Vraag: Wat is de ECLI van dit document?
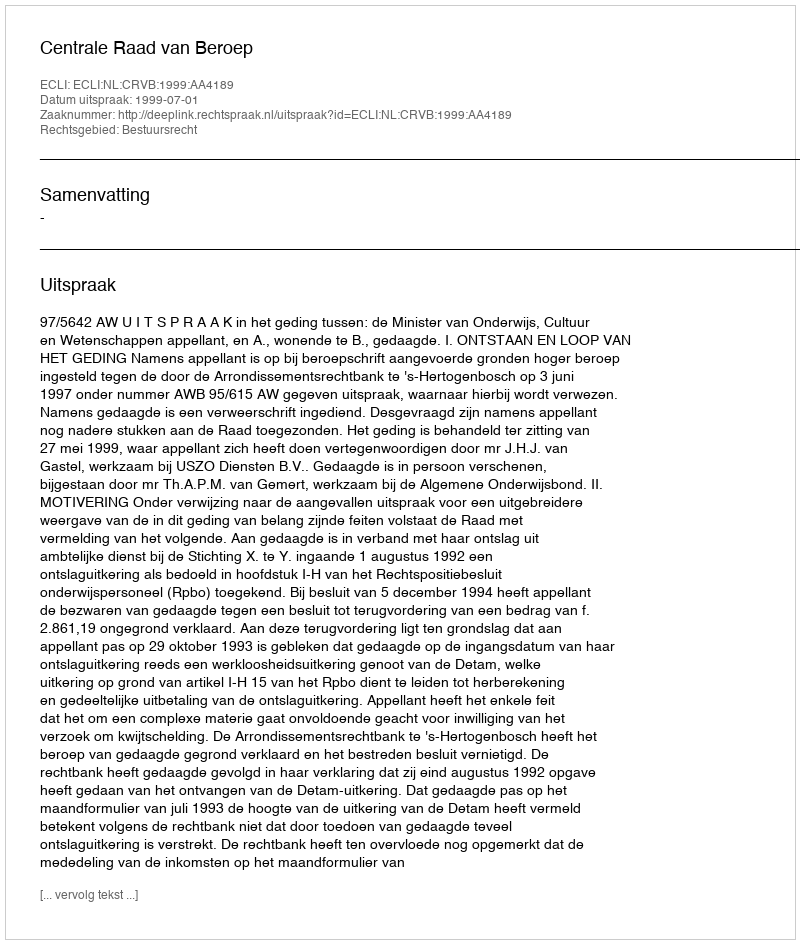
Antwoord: ECLI:NL:CRVB:1999:AA4189